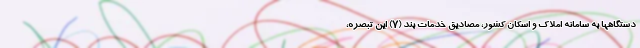
دستگاهها به سامانه املاک و اسکان کشور، مصادیق خدمات بند (۷) این تبصره،